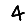
Digit: 4